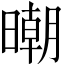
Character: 𣊿